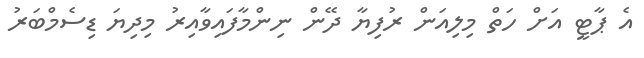
އެ ޕާޓީ އަށް ހަތް މިލިއަން ރުފިޔާ ދޭން ނިންމާފައިވާއިރު މިދިޔަ ޑިސެމްބަރު